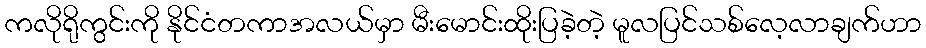
ကလိုရိုကွင်းကို နိုင်ငံတကာအလယ်မှာ မီးမောင်းထိုးပြခဲ့တဲ့ မူလပြင်သစ်လေ့လာချက်ဟာ